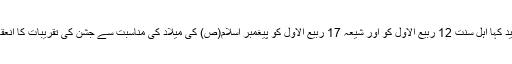
انہوں نے مزید کہا اہل سنت 12 ربیع الاول کو اور شیعہ 17 ربیع الاول کو پیغمبر اسلام(ص) کی میلاد کی مناسبت سے جشن کی تقریبات کا انعقاد کرتے ہیں۔